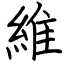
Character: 維